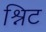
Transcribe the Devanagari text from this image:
श्निट